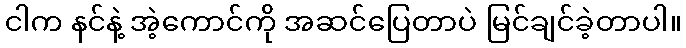
ငါက နင်နဲ့ အဲ့ကောင်ကို အဆင်ပြေတာပဲ မြင်ချင်ခဲ့တာပါ။